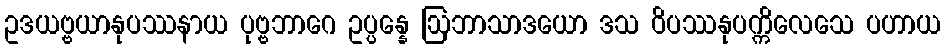
ဥဒယဗ္ဗယာနုပဿနာယ ပုဗ္ဗဘာဂေ ဥပ္ပန္နေ ဩဘာသာဒယော ဒသ ဝိပဿနုပက္ကိလေသေ ပဟာယ